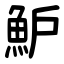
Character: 魲